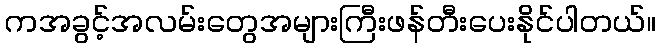
ကအခွင့်အလမ်းတွေအများကြီးဖန်တီးပေးနိုင်ပါတယ်။